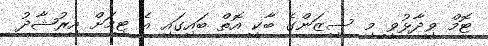
ޓޮމް ވިދާޅުވީ މި ސީޒަންގެ ބާކީ އޮތް ބައިގައި އެ ޓީމަށް އިރުޝާދު